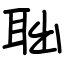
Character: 聉